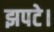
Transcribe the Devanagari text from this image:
झपटे।